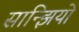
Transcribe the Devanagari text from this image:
सान्झियो